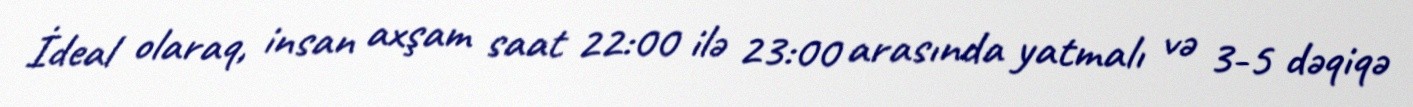
İdeal olaraq, insan axşam saat 22:00 ilə 23:00 arasında yatmalı və 3-5 dəqiqə